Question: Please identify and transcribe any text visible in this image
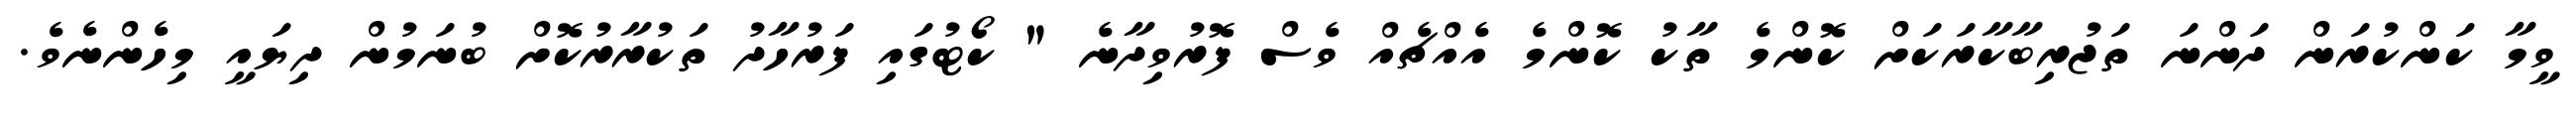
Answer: ވީމާ ކަންކުރަން ދަންނަ ތަޖުރިބާކާރަކަށް ކޮންމެ ތާކު ކޮންމެ އެއްޗެއް ވެސް ފޮރުވިދާނެ " ކޯޓުގައި ފަރުހާދު ތަކުރާރުކޮށް ބުނަމުން ދިޔައީ މިހެންނެވެ.